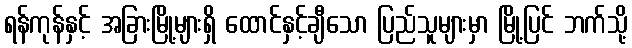
ရန်ကုန်နှင့် အခြားမြို့များရှိ ထောင်နှင့်ချီသော ပြည်သူများမှာ မြို့ပြင် ဘက်သို့